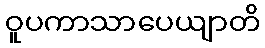
ဝူပကာသာပေယျာတိ